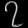
Digit: ၇